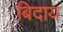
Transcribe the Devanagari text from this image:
बिदाय